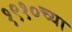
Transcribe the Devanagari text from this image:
१९१०च्या